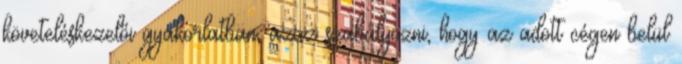
követeléskezelői gyakorlatban, azaz szabályozni, hogy az adott cégen belül